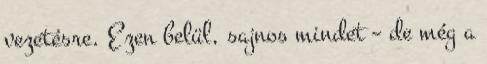
vezetésre. Ezen belül, sajnos mindet – de még a